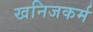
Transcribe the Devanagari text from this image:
खनिजकर्म